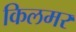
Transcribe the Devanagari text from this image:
किलमर